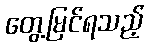
တွေ့မြင်ရသည့်